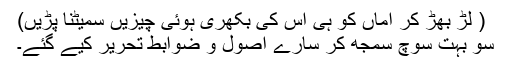
( لڑ بھڑ کر اماں کو ہی اس کی بکھری ہوئی چیزیں سمیٹنا پڑیں)
سو بہت سوچ سمجھ کر سارے اصول و ضوابط تحریر کیے گئے۔